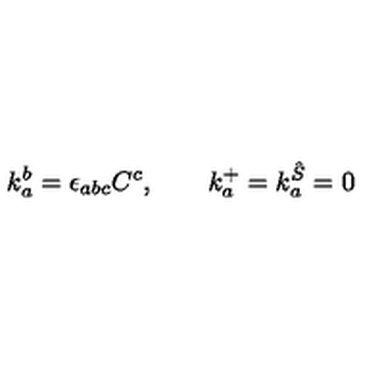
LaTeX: k _ { a } ^ { b } = \epsilon _ { a b c } C ^ { c } , \qquad k _ { a } ^ { + } = k _ { a } ^ { \hat { S } } = 0